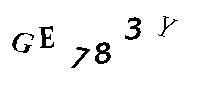
GE783Y